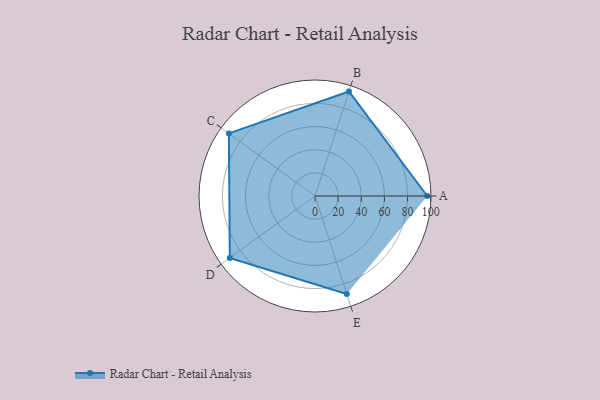
{"axis": {"x": "Skill", "y": "Score"}, "legend": ["Profile"], "data": [{"x": "A", "y": 97.0, "type": "Profile"}, {"x": "B", "y": 95.0, "type": "Profile"}, {"x": "C", "y": 92.0, "type": "Profile"}, {"x": "D", "y": 91.0, "type": "Profile"}, {"x": "E", "y": 89.0, "type": "Profile"}]}